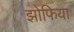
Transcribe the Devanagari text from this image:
झोफिया